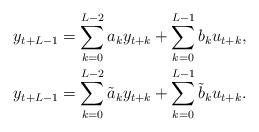
LaTeX: \begin{align*}\begin{aligned}y_{t+L-1} &= \sum_{k=0}^{L-2}a_ky_{t+k} +\sum_{k=0}^{L-1} b_ku_{t+k} , \\y_{t+L-1} &= \sum_{k=0}^{L-2}\tilde{a}_ky_{t+k} +\sum_{k=0}^{L-1} \tilde{b}_ku_{t+k} .\end{aligned}\end{align*}